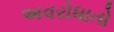
અવરોધાતો